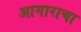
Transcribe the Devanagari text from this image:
आगाराचा